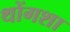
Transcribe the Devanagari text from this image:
थोंगशा